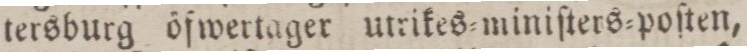
tersburg öfwertager utrikes=miniſters=poſten,